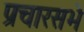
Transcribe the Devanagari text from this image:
प्रचारसभे